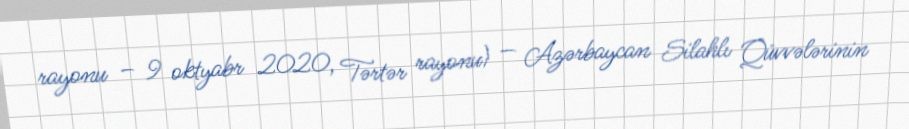
rayonu – 9 oktyabr 2020, Tərtər rayonu) — Azərbaycan Silahlı Qüvvələrinin